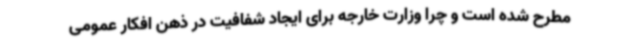
مطرح شده است و چرا وزارت خارجه برای ایجاد شفافیت در ذهن افکار عمومی